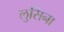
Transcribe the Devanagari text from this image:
लुसिना